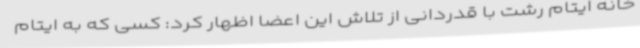
خانه ایتام رشت با قدردانی از تلاش این اعضا اظهار کرد: کسی که به ایتام